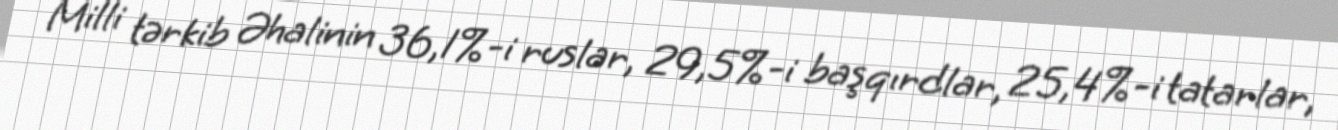
Milli tərkib Əhalinin 36,1%-i ruslar, 29,5%-i başqırdlar, 25,4%-i tatarlar,